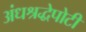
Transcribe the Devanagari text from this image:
अंधश्रद्धेपोटी